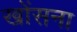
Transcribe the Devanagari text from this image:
खोंसना